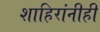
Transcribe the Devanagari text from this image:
शाहिरांनीही